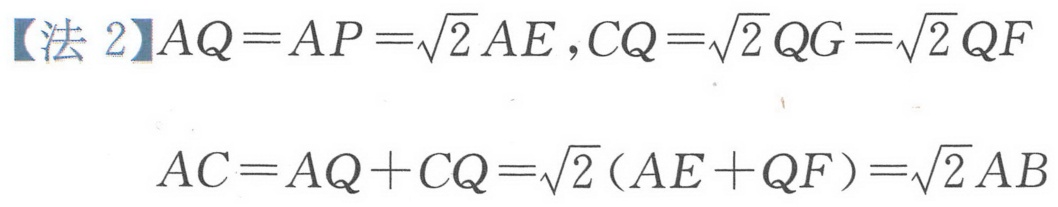
【法 2】$AQ = AP=\sqrt{2}AE,CQ=\sqrt{2}QG=\sqrt{2}QF$
$AC = AQ + CQ=\sqrt{2}(AE + QF)=\sqrt{2}AB$